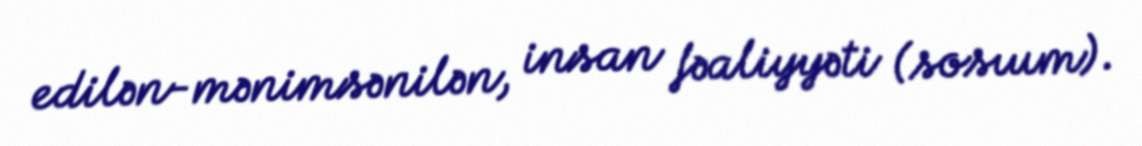
edilən-mənimsənilən, insan fəaliyyəti (sosıum).